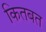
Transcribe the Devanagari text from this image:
कितबत